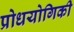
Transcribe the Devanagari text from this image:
प्रोधयोगिकी